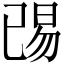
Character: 𬀺